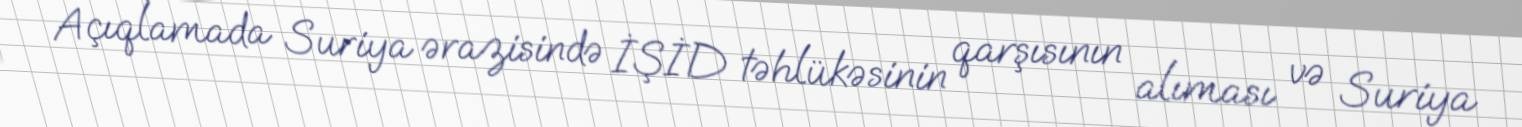
Açıqlamada Suriya ərazisində İŞİD təhlükəsinin qarşısının alıması və Suriya